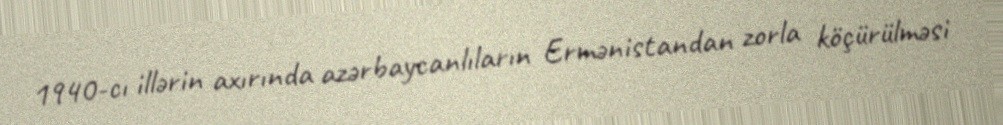
1940-cı illərin axırında azərbaycanlıların Ermənistandan zorla köçürülməsi